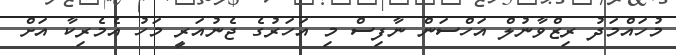
މުހައްމަދު ރިޒްވާނުލް އަހްސަން ނާފިސް މި އަހަރުގެ ޖެނުއަރީ މަހު އެމެރިކާ އަށް